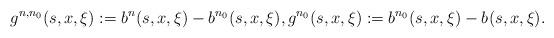
LaTeX: \begin{align*}g^{n,n_0}(s,x,\xi):=b^{n}(s,x,\xi)- b^{n_0}(s,x,\xi), g^{n_0}(s,x,\xi):=b^{n_0}(s,x,\xi)- b^{}(s,x,\xi).\end{align*}